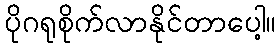
ပိုဂရုစိုက်လာနိုင်တာပေါ့။